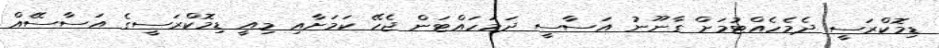
ޑިމޮކްރަސީ ދެމެހެއްޓުމަށް ގާނޫނު އަސާސީ ދަމަހައްޓަން ޖެހޭ ކަމަށާއި މިއީ ޑިމޮކްރަސީގެ އަސާސެެއް